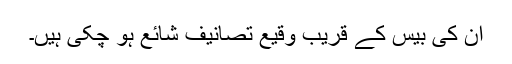
ان کی بیس کے قریب وقیع تصانیف شائع ہو چکی ہیں۔